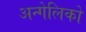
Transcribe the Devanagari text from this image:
अन्गेलिको